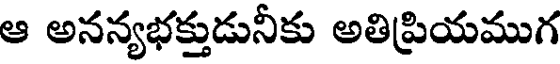
ఆ అనన్యభక్తుడునీకు అతిప్రియముగ